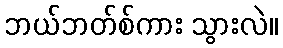
ဘယ်ဘတ်စ်ကား သွားလဲ။